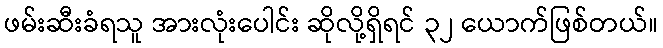
ဖမ်းဆီးခံရသူ အားလုံးပေါင်း ဆိုလို့ရှိရင် ၃၂ ယောက်ဖြစ်တယ်။